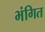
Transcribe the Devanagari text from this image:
भंगित